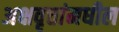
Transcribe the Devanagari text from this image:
अक्षवृत्तांमधील